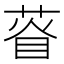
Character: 𦴔